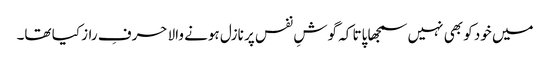
میں خود کو بھی نہیں سمجھا پاتا کہ گوشِ نفس پر نازل ہونے والا حرفِ راز کیا تھا۔